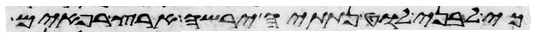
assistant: כי לבני לוט נתתיה ירשה ארץ רפאים